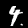
Digit: 4